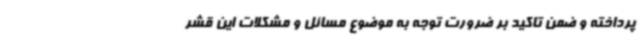
پرداخته و ضمن تاکید بر ضرورت توجه به موضوع مسائل و مشکلات این قشر